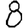
Digit: 8